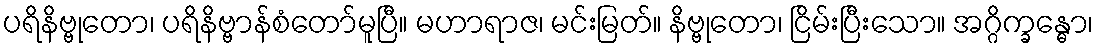
ပရိနိဗ္ဗုတော၊ ပရိနိဗ္ဗာန်စံတော်မူပြီ။ မဟာရာဇ၊ မင်းမြတ်။ နိဗ္ဗုတော၊ ငြိမ်းပြီးသော။ အဂ္ဂိက္ခန္ဓော၊